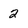
Character: 2